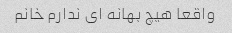
واقعا هیچ بهانه ای ندارم خانم